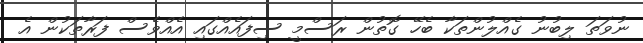
ނުވަތަ ލިބުނު ގެއްލުންތަކާ ބެހޭ ގޮތުން ރަސްމީ ސިފައެއްގައި އެއްވެސް ފަރާތަކުން އެ